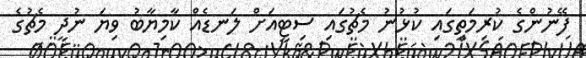
ފޭނުންގެ ކުރިމަތީގައި ކުޅުނު މެޗުގައި ސިޓީއަށް ލަނޑެއް ކާމިޔާބު ވިޔަ ނުދީ މެޗުގެ